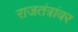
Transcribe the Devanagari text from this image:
राजतंत्रांवर